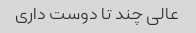
عالی چند تا دوست داری